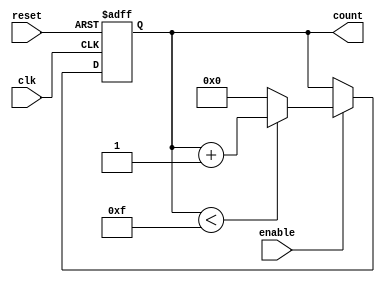
module memory_blocks_up_counter (
    input wire clk,               // Clock input
    input wire reset,             // Asynchronous reset input
    input wire enable,            // Enable signal
    output reg [3:0] count        // Current count value (4-bit)
);

    // Parameter definitions
    parameter MIN_VALUE = 4'b0000;  // Minimum value (0)
    parameter MAX_VALUE = 4'b1111;  // Maximum value (15)

    // Always block for counter functionality
    always @(posedge clk or posedge reset) begin
        if (reset) begin
            // Asynchronous reset to minimum value
            count <= MIN_VALUE;
        end else if (enable) begin
            // Increment logic with wrap around
            if (count < MAX_VALUE) begin
                count <= count + 1;  // Increment count
            end else begin
                count <= MIN_VALUE;   // Wrap around to minimum value
            end
        end
    end

endmodule